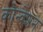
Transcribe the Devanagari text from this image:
कोन्वेशन